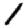
Digit: 1